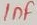
Text: 1nF